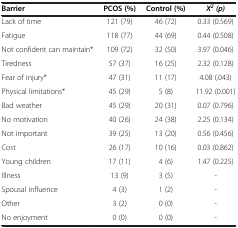
<table><thead><tr><td><b>Barrier</b></td><td><b>PCOS (%)</b></td><td><b>Control (%)</b></td><td><b><i>Χ</i><sup><i>2 </i></sup><i>(p)</i></b></td></tr></thead><tbody><tr><td>Lack of time</td><td>121 (79)</td><td>46 (72)</td><td>0.33 (0.569)</td></tr><tr><td>Fatigue</td><td>118 (77)</td><td>44 (69)</td><td>0.44 (0.508)</td></tr><tr><td>Not confident can maintain*</td><td>109 (72)</td><td>32 (50)</td><td>3.97 (0.046)</td></tr><tr><td>Tiredness</td><td>57 (37)</td><td>16 (25)</td><td>2.32 (0.128)</td></tr><tr><td>Fear of injury*</td><td>47 (31)</td><td>11 (17)</td><td>4.08 (.043)</td></tr><tr><td>Physical limitations*</td><td>45 (29)</td><td>5 (8)</td><td>11.92 (0.001)</td></tr><tr><td>Bad weather</td><td>45 (29)</td><td>20 (31)</td><td>0.07 (0.796)</td></tr><tr><td>No motivation</td><td>40 (26)</td><td>24 (38)</td><td>2.25 (0.134)</td></tr><tr><td>Not important</td><td>39 (25)</td><td>13 (20)</td><td>0.56 (0.456)</td></tr><tr><td>Cost</td><td>26 (17)</td><td>10 (16)</td><td>0.03 (0.862)</td></tr><tr><td>Young children</td><td>17 (11)</td><td>4 (6)</td><td>1.47 (0.225)</td></tr><tr><td>Illness</td><td>13 (9)</td><td>3 (5)</td><td>-</td></tr><tr><td>Spousal influence</td><td>4 (3)</td><td>1 (2)</td><td>-</td></tr><tr><td>Other</td><td>3 (2)</td><td>0 (0)</td><td>-</td></tr><tr><td>No enjoyment</td><td>0 (0)</td><td>0 (0)</td><td>-</td></tr></tbody></table>